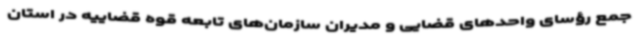
جمع رؤسای واحدهای قضایی و مدیران سازمان‌های تابعه قوه قضاییه در استان